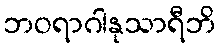
ဘဝရာဂါနုသာရီဘိ